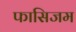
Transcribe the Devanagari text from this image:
फासिजम